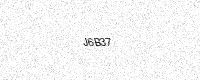
Text: J6B37